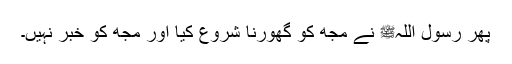
پھر رسول اللہﷺ نے مجھ کو گھورنا شروع کیا اور مجھ کو خبر نہیں۔